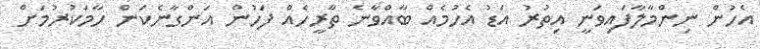
އެހުން ނިންމާލާފައިވަނީ އިތުރު އަޑު އެހުމެއް ބާއްވާނެ ތާރީހެއް ފަހުން އަންގާނެކަން ހާމަކުރުމަށް